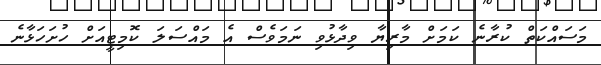
މަސައްކަތް ކުރާނެ ކަމަށް މާރިޔާ ވިދާޅުވި ނަމަވެސް އެ މައްސަލަ ކޮމިޓީއަށް ހުށަހަޅާނެ